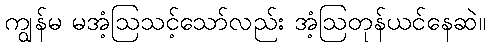
ကျွန်မ မအံ့ဩသင့်သော်လည်း အံ့ဩတုန်ယင်နေဆဲ။